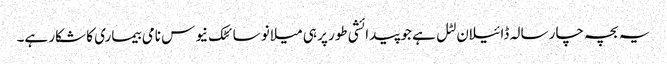
یہ بچہ چار سالہ ڈائیلان لٹل ہے جو پیدائشی طور پر ہی میلانو سائٹک نیوس نامی بیماری کا شکار ہے۔